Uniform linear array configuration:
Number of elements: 48
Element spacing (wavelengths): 0.75
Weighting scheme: binomial
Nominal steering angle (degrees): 60
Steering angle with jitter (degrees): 60.902
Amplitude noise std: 0.05
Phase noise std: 0.05

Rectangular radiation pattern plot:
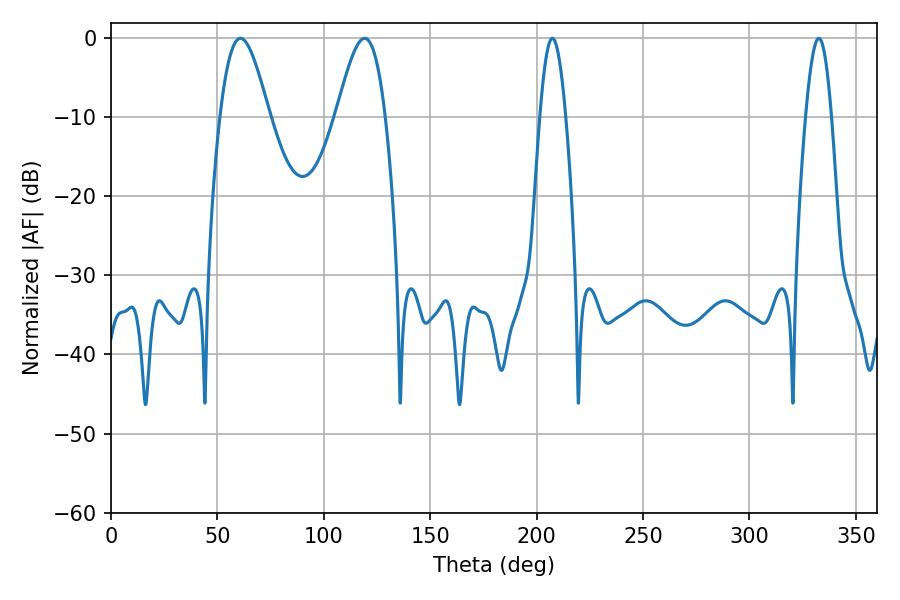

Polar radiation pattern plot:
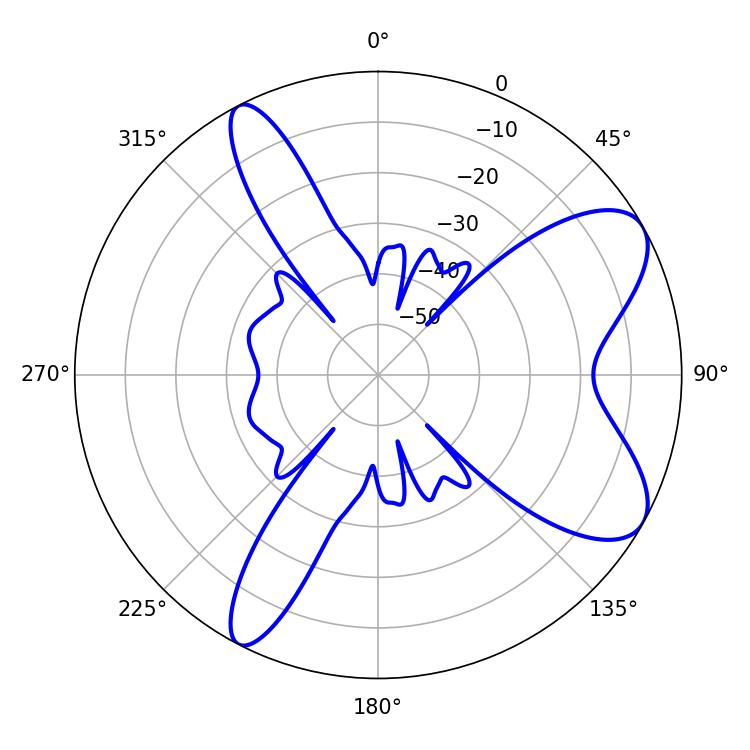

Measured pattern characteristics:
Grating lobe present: TRUE
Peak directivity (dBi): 8.085
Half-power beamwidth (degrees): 12.24
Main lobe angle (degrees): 60.84